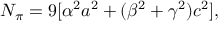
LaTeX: N _ { \pi } = 9 [ \alpha ^ { 2 } a ^ { 2 } + ( \beta ^ { 2 } + \gamma ^ { 2 } ) c ^ { 2 } ] ,